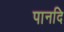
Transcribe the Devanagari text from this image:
पानदि